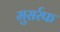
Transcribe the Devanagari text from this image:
मुसर्रफ